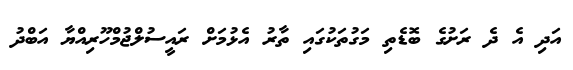
އަދި އެ ދެ ރަށުގެ ބޮޑެތި މަގުތަކުގައި ތާރު އެޅުމަށް ރައީސުލްޖުމްހޫރިއްޔާ އަބްދު